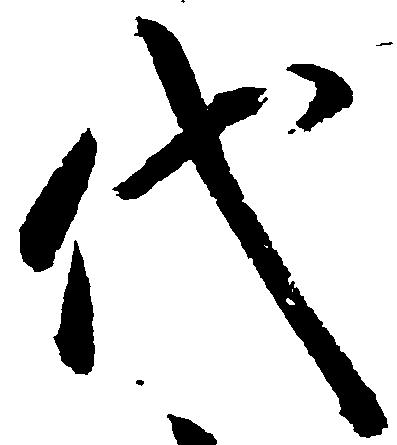
代